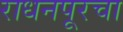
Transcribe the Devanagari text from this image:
राधनपूरचा